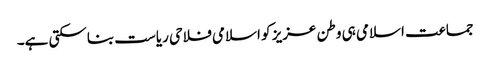
جماعت اسلامی ہی وطن عزیز کو اسلامی فلاحی ریاست بناسکتی ہے۔